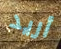
أريد